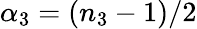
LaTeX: \alpha_{3}=(n_{3}-1)/2